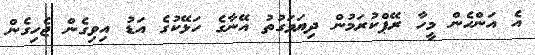
އެ އަންހެން މީހާ ރޭޕްކުރަމުން ދިޔަވަގުތު އޭނާގެ ހަޅޭކުގެ އަޑު އިވިގެން ޖެހިގެން